Bombay plague: being a history of the progress of plague in the Bombay presidency from September 1896 to June 1899
Year: 1896
Disease focus: Plague
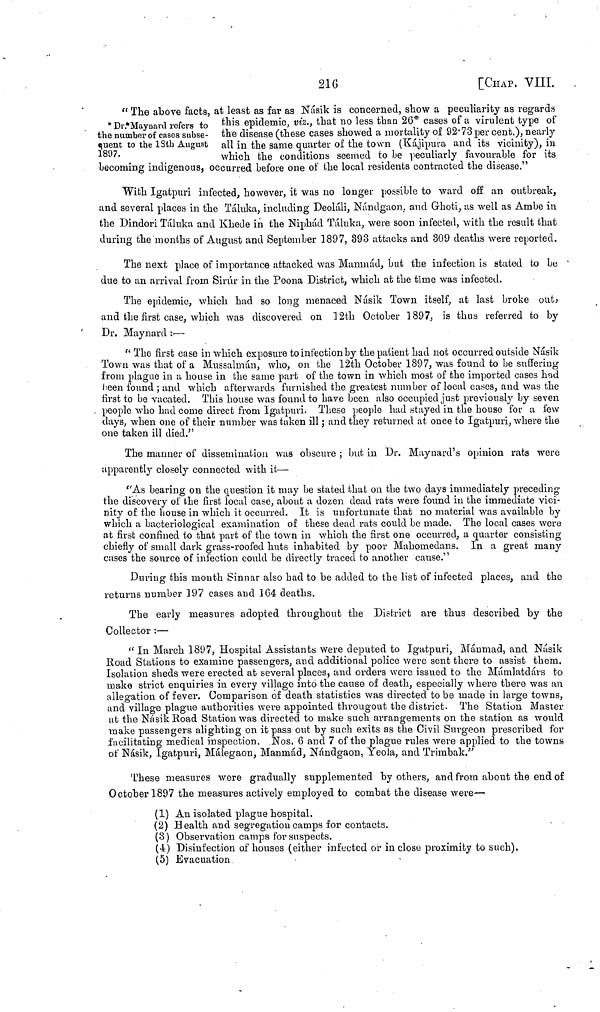
216
[CHAP. VIII.
Dr. Maynard refers to
the number of cases subse-
quent to the 18th August
1897.
"The above facts, at least as far as Násik is concerned, show a peculiarity as regards
this epidemic, viz., that no less than 26 cases 01 a virulent type or
the disease (these cases showed a mortality of 92.73 per cent.), nearly
all in the same quarter of the town (Kájipura and its vicinity), in
which the conditions seemed to be peculiarly favourable for its
becoming indigenous, occurred before one of the local residents contracted the disease."
With Igatpuri infected, however, it was no longer possible to ward off an outbreak,
and several places in the Táluka, including Deoláli, Nándgaon. and Ghoti, as well as Ambe in
the Dindori Táluka and Khede in the Niphád Táluka, were soon infected, with the result that
during the months of August and September 1897, 393 attacks and 309 deaths were reported.
The next place of importance attacked was Manmád, but the infection is stated to be
due to an arrival from Sirúr in the Poona District, which at the time was infected.
The epidemic, which had so long menaced Násik Town itself, at last broke out ,
and the first case, which was discovered on 12th October 1897, is thus referred to by
Dr. Maynard :—
"The first case in which exposure to infection by the patient had not occurred outside Násik
Town was that of a Mussalmán, who, on the 12th October 1897, was found to be suffering
from plague in a house in the same part of the town in which most of the imported cases had
been found ; and which afterwards furnished the greatest number of local cases, and was the
first to be vacated. This house was found to have been also occupied just previously by seven
people who had come direct from Igatpuri. These people had stayed in the house for a few
days, when one of their number was taken ill ; and they returned at once to Igatpuri, where the
one taken ill died."
The manner of dissemination was obscure ; but in Dr. Maynard's opinion rats were
apparently closely connected with it—
"As bearing on the question it may be stated that on the two days immediately preceding
the discovery of the first local case, about a dozen dead rats were found in the immediate vici-
nity of the house in which it occurred. It is unfortunate that no material was available by
which a bacteriological examination of these dead rats could be made. The local cases were
at first confined to that part of the town in which the first one occurred, a quarter consisting
chiefly of small dark grass-roofed huts inhabited by poor Mahomedans. In a great many
cases the source of infection could be directly traced to another cause."
During this month Sinnar also had to be added to the list of infected places, and the
returns number 197 cases and 164 deaths.
The early measures adopted throughout the District are thus described by the
Collector :—
"In March 1897, Hospital Assistants were deputed to Igatpuri, Mánmad, and Násik
Road Stations to examine passengers, and additional police were sent there to assist them.
Isolation sheds were erected at several places, and orders were issued to the Mámlatdárs to
make strict enquiries in every village into the cause of death, especially where there was an
allegation of fever. Comparison of death statistics was directed to be made in large towns,
and village plague authorities were appointed througout the district. The Station Master
at the Násik Road Station was directed to make such arrangements on the station as would
make passengers alighting on it pass out by such exits as the Civil Surgeon prescribed for
facilitating medical inspection. Nos. 6 and 7 of the plague rules were applied to the towns
of Násik, Igatpuri, Málegaon, Manmád, Nándgaon, Yeola, and Trimbak."
These measures were gradually supplemented by others, and from about the end of
October 1897 the measures actively employed to combat the disease were—
(1) An isolated plague hospital.
(2) Health and segregation camps for contacts.
(3) Observation camps for suspects.
(4) Disinfection of houses (either infected or in close proximity to such).
(5) Evacuation